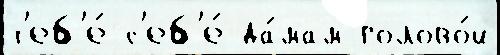
т'еб'е́ с'еб'е́ да́мам голово́й